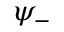
\psi _ { - }